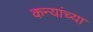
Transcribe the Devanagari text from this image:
कन्यांच्या